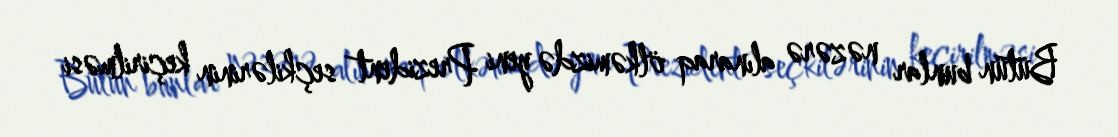
Bütün bunlar nəzərə alınaraq ölkəmizdə yeni Prezident seçkilərinin keçirilməsi